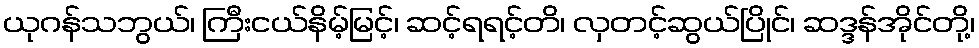
ယုဂန်သဘွယ်၊ ကြီးငယ်နိမ့်မြင့်၊ ဆင့်ရရင့်တိ၊ လှတင့်ဆွယ်ပြိုင်၊ ဆဒ္ဒန်အိုင်တို့၊